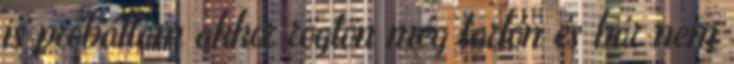
is próbáltam akkor rögtön még tarlón és bár nem